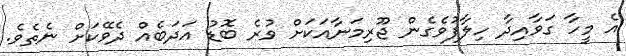
އެ މީހާ ގަވާއިދާ ހިލާފުވެގެން ޖޫރިމަނާއަކަށް ވުރެ ބޮޑު އަދަބެއް ދެވޭކަށް ނެތެވެ.